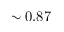
\sim 0 . 8 7